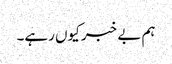
ہم بے خبر کیوں رہے۔